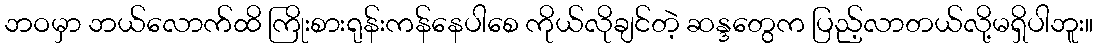
ဘဝမှာ ဘယ်လောက်ထိ ကြိုးစားရုန်းကန်နေပါစေ ကိုယ်လိုချင်တဲ့ ဆန္ဒတွေက ပြည့်လာတယ်လို့မရှိပါဘူး။